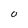
Character: 0